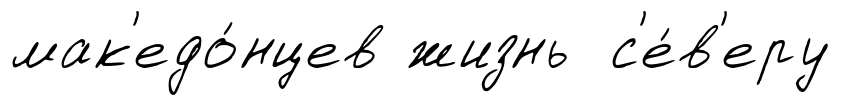
мак'едо́нцев жизнь с'е́в'еру